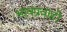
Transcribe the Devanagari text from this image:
भावप्रवाहों